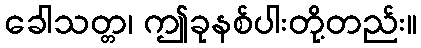
ခေါသတ္တ၊ ဤခုနစ်ပါးတို့တည်း။